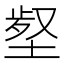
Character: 𡎙